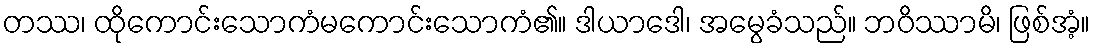
တဿ၊ ထိုကောင်းသောကံမကောင်းသောကံ၏။ ဒါယာဒေါ၊ အမွေခံသည်။ ဘဝိဿာမိ၊ ဖြစ်အံ့။